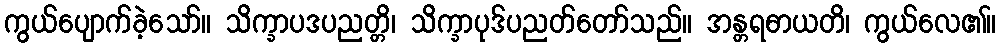
ကွယ်ပျောက်ခဲ့သော်။ သိက္ခာပဒပညတ္တိ၊ သိက္ခာပုဒ်ပညတ်တော်သည်။ အန္တရဓာယတိ၊ ကွယ်လေ၏။